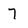
Character: 7